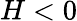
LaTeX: H<0